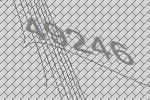
49246